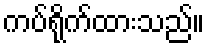
ကပ်ရိုက်ထားသည်။